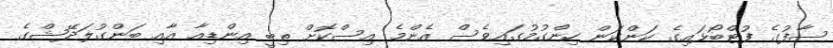
ސާފުގެ ފުޓްބޯޅައިގެ ކަންކަން ހިންގުމުގައިވެސް އެންމެ އިސްކޮށް ތިބީ އިންޑިއާ އާއި ބަންގުލަދޭޝްގެ